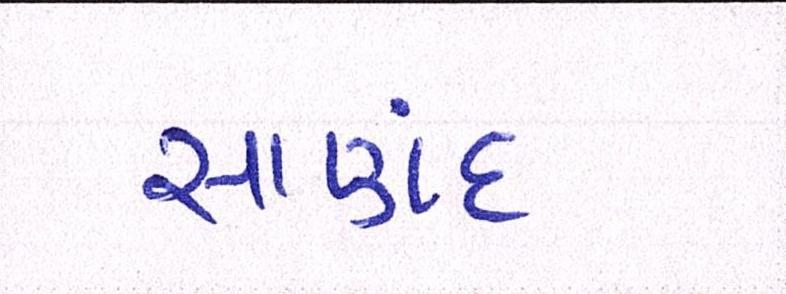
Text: સાણંદ